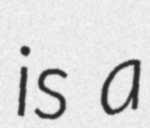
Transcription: is a